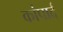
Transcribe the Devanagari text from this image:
कांपार्द